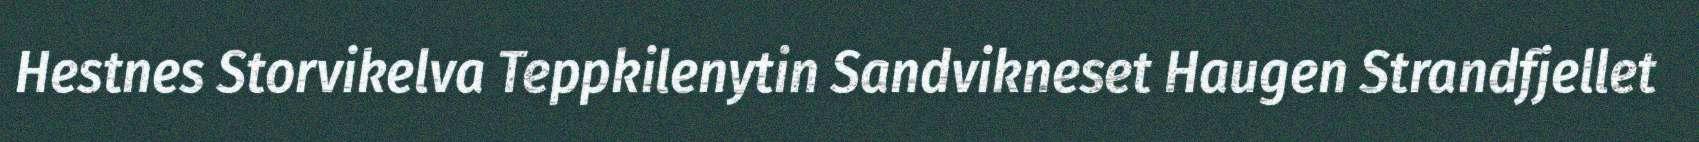
Hestnes Storvikelva Teppkilenytin Sandvikneset Haugen Strandfjellet